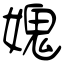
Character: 媿